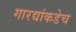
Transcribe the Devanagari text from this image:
गारद्यांकडेच